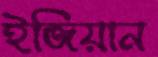
ইজিয়ান